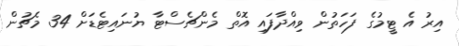
އިރު އެ ޓީމުގެ ފަހަތުން ވިއްދާފައި އޮތް މެންޗެސްޓާ ޔުނައިޓެޑަށް 34 މެޗުން